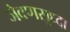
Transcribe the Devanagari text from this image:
जेवणसुध्दा